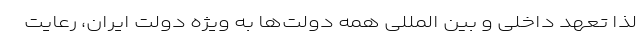
لذا تعهد داخلی و بین المللی همه دولت‌ها به ویژه دولت ایران، رعایت